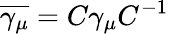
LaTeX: \overline{{{\gamma_{\mu}}}}=C\gamma_{\mu}C^{-1}